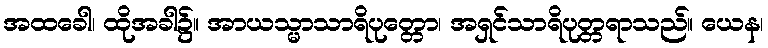
အထခေါ၊ ထိုအခါ၌။ အာယသ္မာသာရိပုတ္တော၊ အရှင်သာရိပုတ္တရာသည်။ ယေန၊